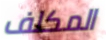
المكلف